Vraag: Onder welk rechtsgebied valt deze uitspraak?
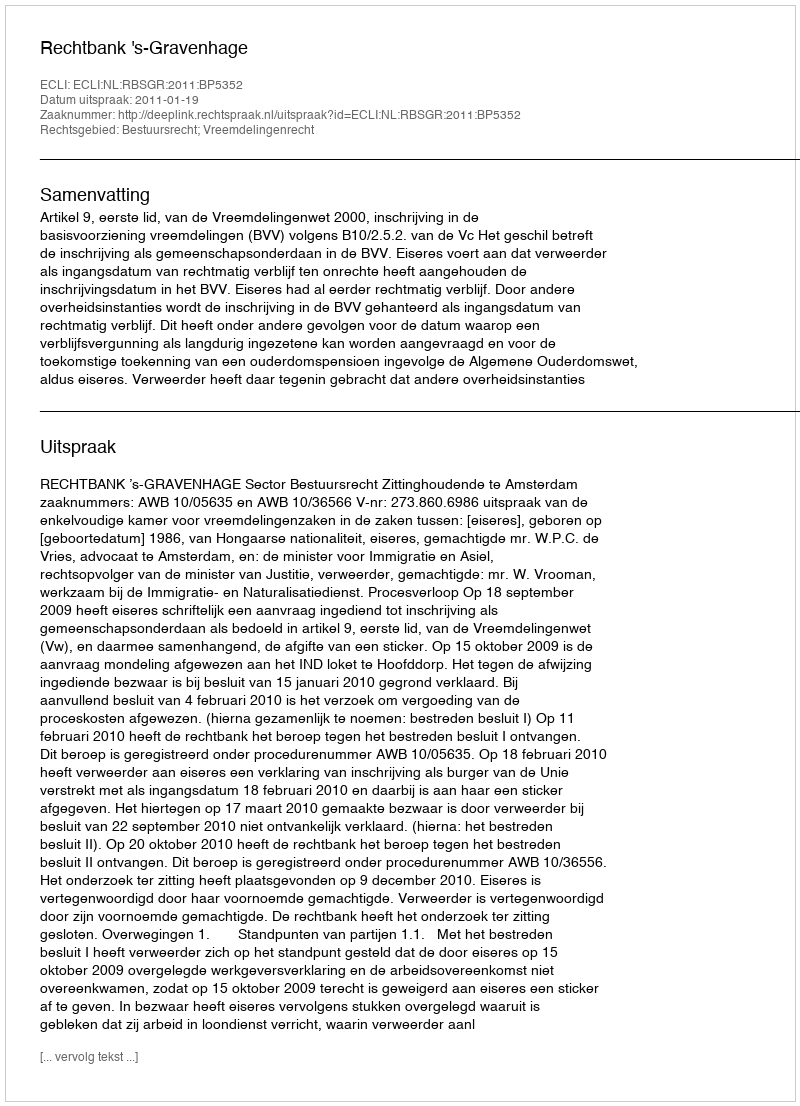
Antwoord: Bestuursrecht; Vreemdelingenrecht